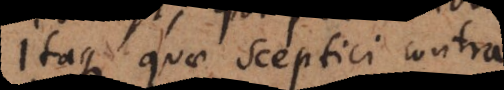
Itaque quae Sceptici contra